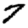
Digit: 7